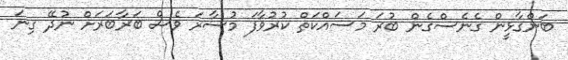
ބަންގާޅީން ގެނެސްގެން ބުރަ މަސައްކަތް ކުރުވާފަ މުސާރަ ވެސް ބަރާބަރަށް ނުދޭ ގިނަ